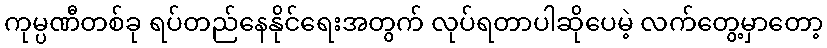
ကုမ္ပဏီတစ်ခု ရပ်တည်နေနိုင်ရေးအတွက် လုပ်ရတာပါဆိုပေမဲ့ လက်တွေ့မှာတော့